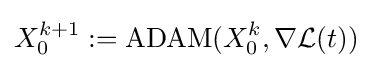
X_{0}^{k+1}:=\operatorname {ADAM} (X_{0}^{k},\nabla {\mathcal {L}}(t))